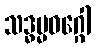
သဒ္ဓမ္မဝဂ္ဂေါ